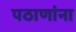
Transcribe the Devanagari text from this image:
पठाणांना